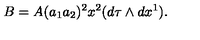
B = A ( a _ { 1 } a _ { 2 } ) ^ { 2 } x ^ { 2 } ( d \tau \wedge d x ^ { 1 } ) .